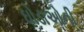
ઘોડાઓની